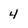
Character: 4